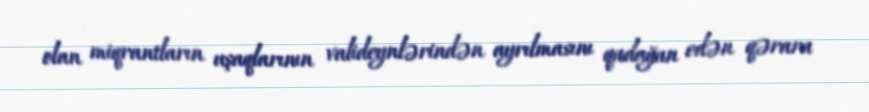
olan miqrantların uşaqlarının valideynlərindən ayrılmasını qadağan edən qərara